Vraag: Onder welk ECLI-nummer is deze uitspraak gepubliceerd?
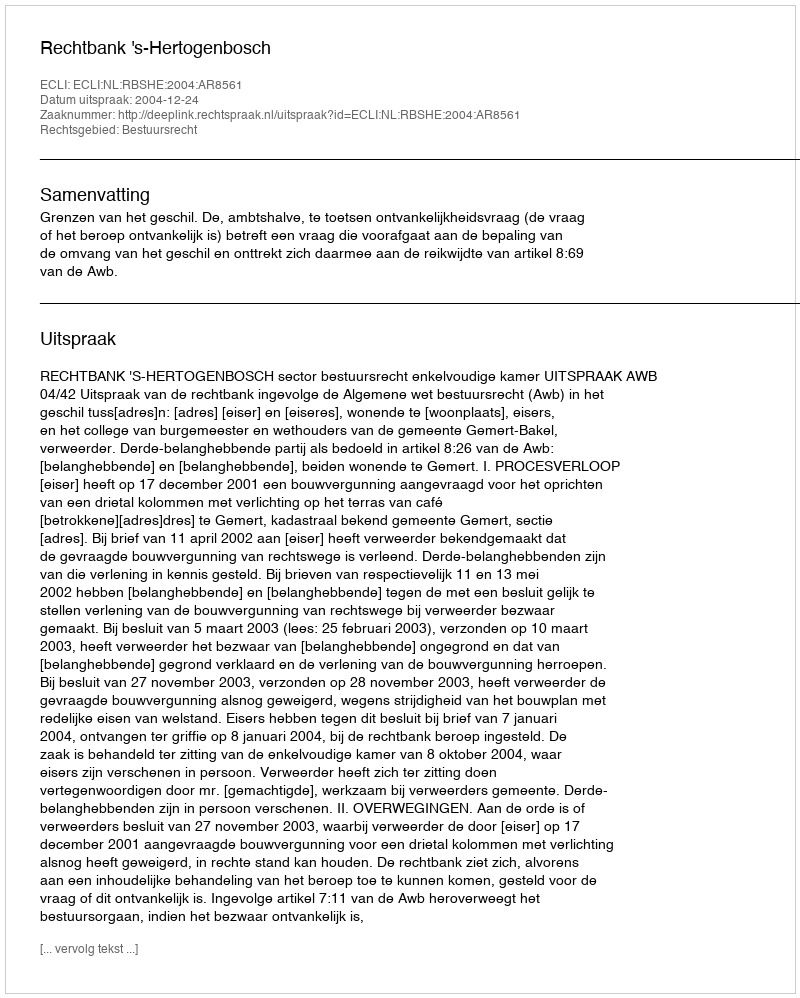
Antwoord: ECLI:NL:RBSHE:2004:AR8561